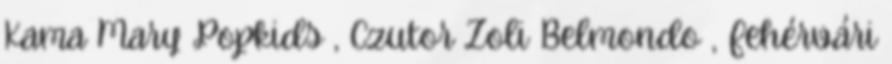
Kama Mary Popkids , Czutor Zoli Belmondo , Fehérvári